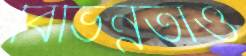
বিভিন্নতাও